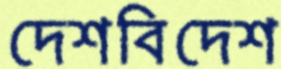
দেশবিদেশ